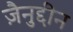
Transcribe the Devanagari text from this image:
ज़ैनुद्दीन